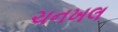
ચનખલ